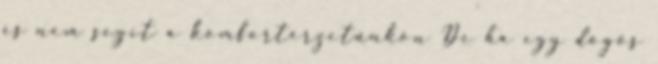
és nem segít a komfortérzetünkön De ha egy dögös